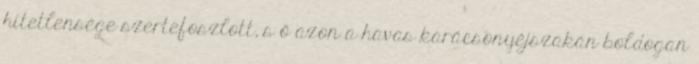
hitetlensége szertefoszlott, s ő azon a havas karácsonyéjszakán boldogan